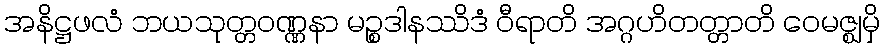
အနိဋ္ဌဖလံ ဘယသုတ္တဝဏ္ဏနာ မဉ္စဒါနဿိဒံ ဝီရာတိ အဂ္ဂဟိတတ္တာတိ ဝေမဇ္ဈမှိ